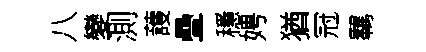
八變測䕶疊穩娉猶冠羈